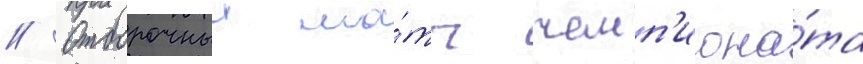
// Отборочныи ма́тч чемп'иона́та